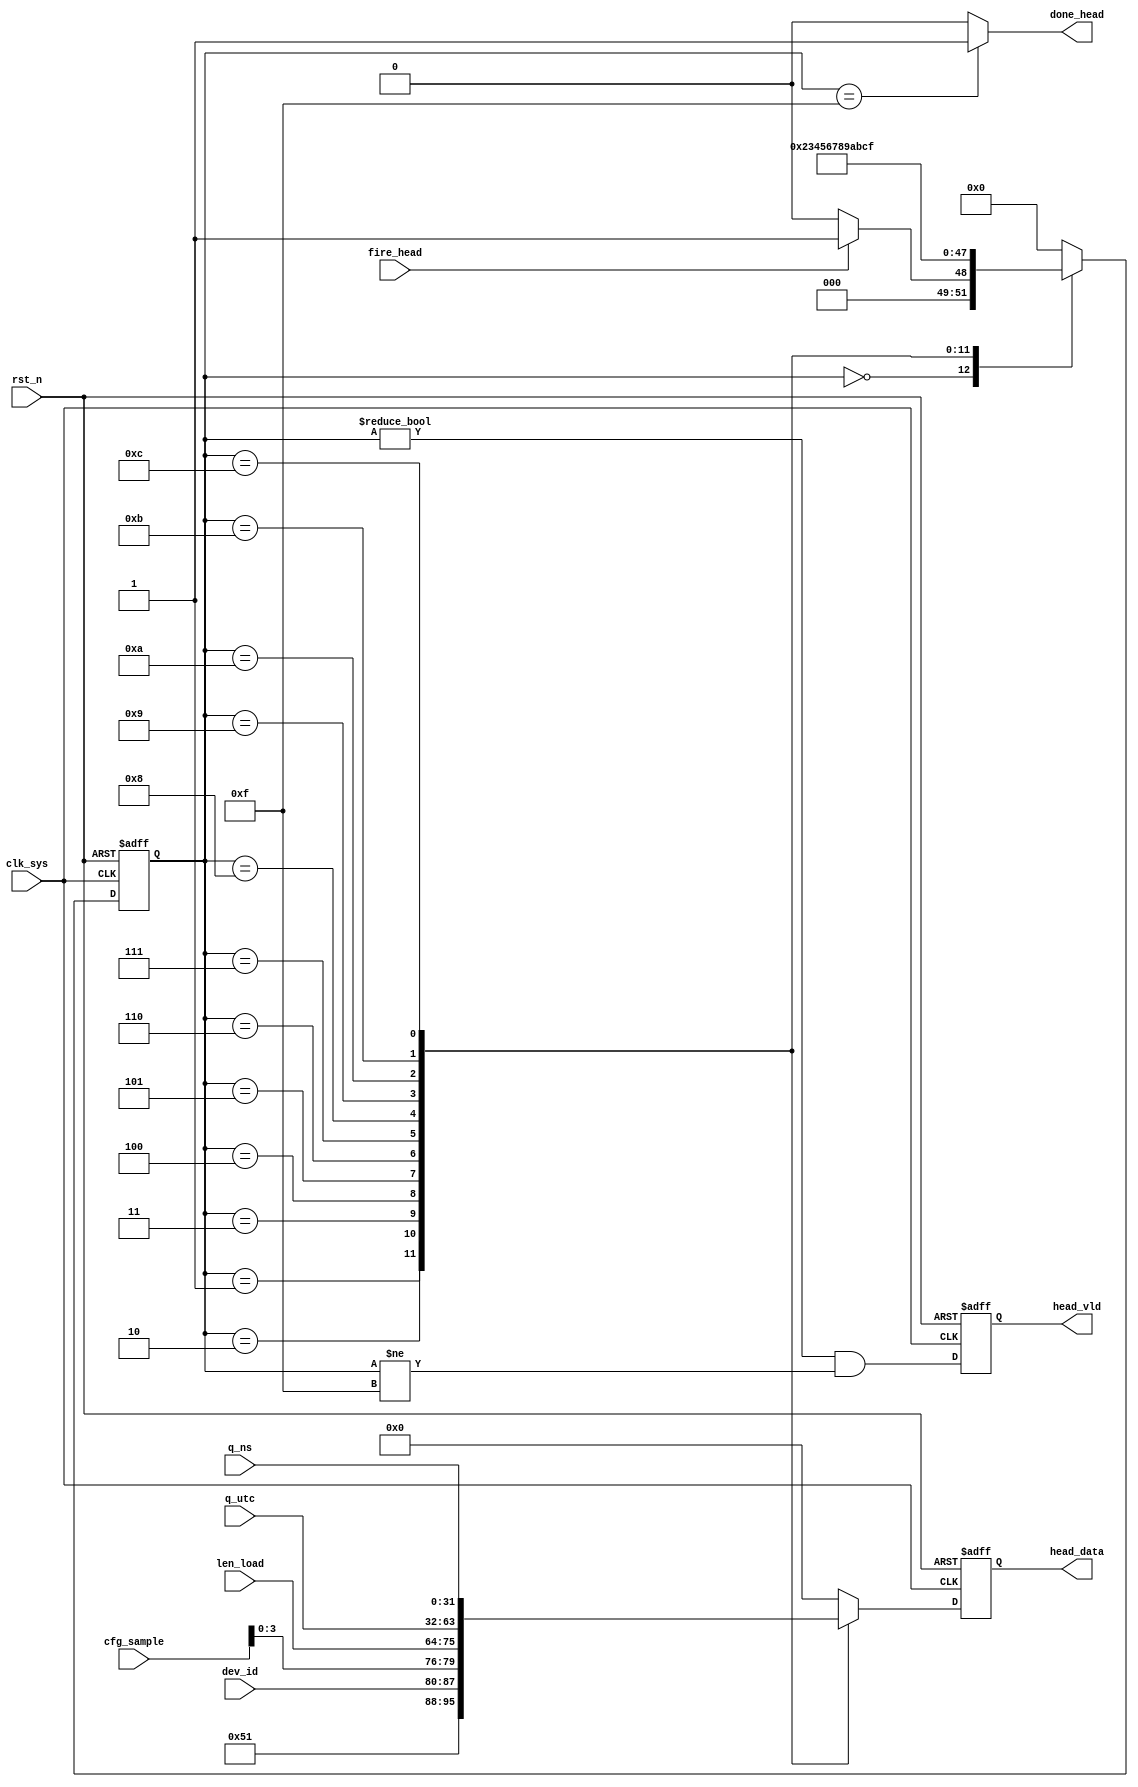
//pack_head.v


module pack_head(
fire_head,
done_head,
//data path
head_data,
head_vld,
q_utc,
q_ns,
//configuration
cfg_sample,
len_load,
dev_id,
//clk rst
clk_sys,
rst_n
);
input		fire_head;
output	done_head;
//data path
output [7:0]	head_data;
output				head_vld;
input [31:0]	q_utc;
input [31:0]	q_ns;
//configuration
input [7:0]		cfg_sample;
input [11:0]	len_load;
input [7:0]		dev_id;
//clk rst
input clk_sys;
input rst_n;
//---------------------------------------
//---------------------------------------



//------------ main FSM -----------
parameter S_IDLE = 4'h0;
parameter S_VER  = 4'h1;
parameter S_PID  = 4'h2;
parameter S_LEN1 = 4'h3;
parameter S_LEN2 = 4'h4;
parameter S_UTC1 = 4'h5;
parameter S_UTC2 = 4'h6;
parameter S_UTC3 = 4'h7;
parameter S_UTC4 = 4'h8;
parameter S_NS1 = 4'h9;
parameter S_NS2 = 4'ha;
parameter S_NS3 = 4'hb;
parameter S_NS4 = 4'hc;
parameter S_DONE = 4'hf;
reg [3:0] st_pack_head;
always @ (posedge clk_sys or negedge rst_n)	begin
	if(~rst_n)
		st_pack_head <= S_IDLE;
	else begin
		case(st_pack_head)
			S_IDLE : st_pack_head <= fire_head ? S_VER : S_IDLE;
			S_VER  : st_pack_head <= S_PID;
			S_PID  : st_pack_head <= S_LEN1;
			S_LEN1 : st_pack_head <= S_LEN2;
			S_LEN2 : st_pack_head <= S_UTC1;
			S_UTC1 : st_pack_head <= S_UTC2;
			S_UTC2 : st_pack_head <= S_UTC3;
			S_UTC3 : st_pack_head <= S_UTC4;
			S_UTC4 : st_pack_head <= S_NS1;
			S_NS1  : st_pack_head <= S_NS2;
			S_NS2  : st_pack_head <= S_NS3;
			S_NS3  : st_pack_head <= S_NS4;
			S_NS4  : st_pack_head <= S_DONE;
			S_DONE :  st_pack_head <= S_IDLE;
			default : st_pack_head <= S_IDLE;
		endcase
	end
end


//--------- control singal ----------
wire done_head = (st_pack_head == S_DONE) ? 1'b1 : 1'b0; 


//---------- head data output -----------
reg [7:0] head_data;
reg				head_vld;
always @ (posedge clk_sys or negedge rst_n)	begin
	if(~rst_n)
		head_data <= 8'h0;
	else begin
		case(st_pack_head)
			S_VER  : head_data <= 8'h51;
			S_PID  : head_data <= dev_id;
			S_LEN1 : head_data <= {cfg_sample[3:0],len_load[11:8]};
			S_LEN2 : head_data <= len_load[7:0];
			S_UTC1 : head_data <= q_utc[31:24];
			S_UTC2 : head_data <= q_utc[23:16];
			S_UTC3 : head_data <= q_utc[15:8];
			S_UTC4 : head_data <= q_utc[7:0];
			S_NS1  : head_data <= q_ns[31:24];
			S_NS2  : head_data <= q_ns[23:16];
			S_NS3  : head_data <= q_ns[15:8];
			S_NS4  : head_data <= q_ns[7:0];
			default : head_data <= 8'h0;
		endcase
	end
end

always @ (posedge clk_sys or negedge rst_n)	begin
	if(~rst_n)
		head_vld <= 1'h0;
	else 
		head_vld <= (st_pack_head != S_IDLE) & (st_pack_head != S_DONE);		
end

endmodule